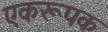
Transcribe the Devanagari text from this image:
एकरूपक